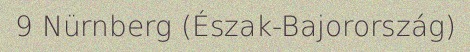
9 Nürnberg (Észak-Bajorország)